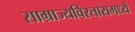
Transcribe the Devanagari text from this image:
साम्राज्यविस्तारामध्ये